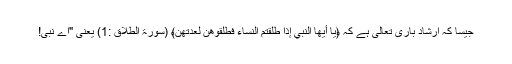
جیسا کہ ارشاد باری تعالیٰ ہے کہ ﴿يَا أَيُّهَا النَّبِيُّ إِذَا طَلَّقْتُمُ النِّسَاءَ فَطَلِّقُوهُنَّ لِعِدَّتِهِنَّ﴾ (سورۃ الطلاق :1) یعنی "اے نبی!